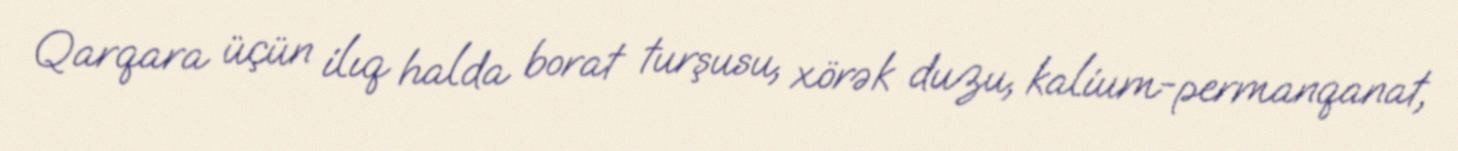
Qarqara üçün ilıq halda borat turşusu, xörək duzu, kalium-permanqanat,